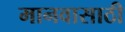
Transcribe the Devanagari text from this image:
मानवासाठी